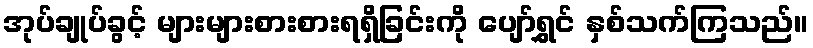
အုပ်ချုပ်ခွင့် များများစားစားရရှိခြင်းကို ပျော်ရွှင် နှစ်သက်ကြသည်။